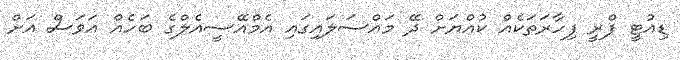
ޑިއުޓީ ފްރީ ފިހާރަތަކެއް ކުއްޔަށް ދޭ މައްސަލައިގައި އެމްއޭސީއެލްގެ ބަހެއް އަވަސް އަށް